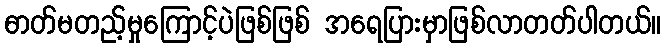
ဓာတ်မတည့်မှုကြောင့်ပဲဖြစ်ဖြစ် အရေပြားမှာဖြစ်လာတတ်ပါတယ်။